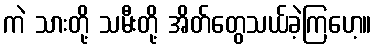
ကဲ သားတို့ သမီးတို့ အိတ်တွေသယ်ခဲ့ကြဟေ့။